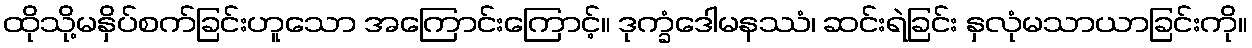
ထိုသို့မနှိပ်စက်ခြင်းဟူသော အကြောင်းကြောင့်။ ဒုက္ခံဒေါမနဿံ၊ ဆင်းရဲခြင်း နှလုံမသာယာခြင်းကို။